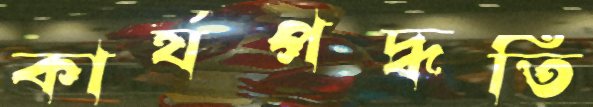
কার্যপদ্ধতি